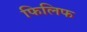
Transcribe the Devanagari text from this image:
फिलिफ